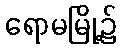
ရောမမြို့၌